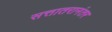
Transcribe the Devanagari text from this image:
सत्तातरानंतर